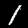
Label: 1